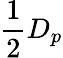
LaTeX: \frac{1}{2}D_{p}